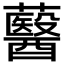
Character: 鿀